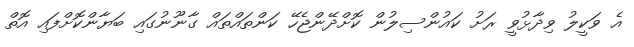
އެ ވަކީލު ވިދާޅުވީ ރަށު ކައުންސިލުން ކޮށްދޭންޖެހޭ ކަންތައްތައް ގާނޫނުގައި ބަޔާންކޮށްފައި އޮތް